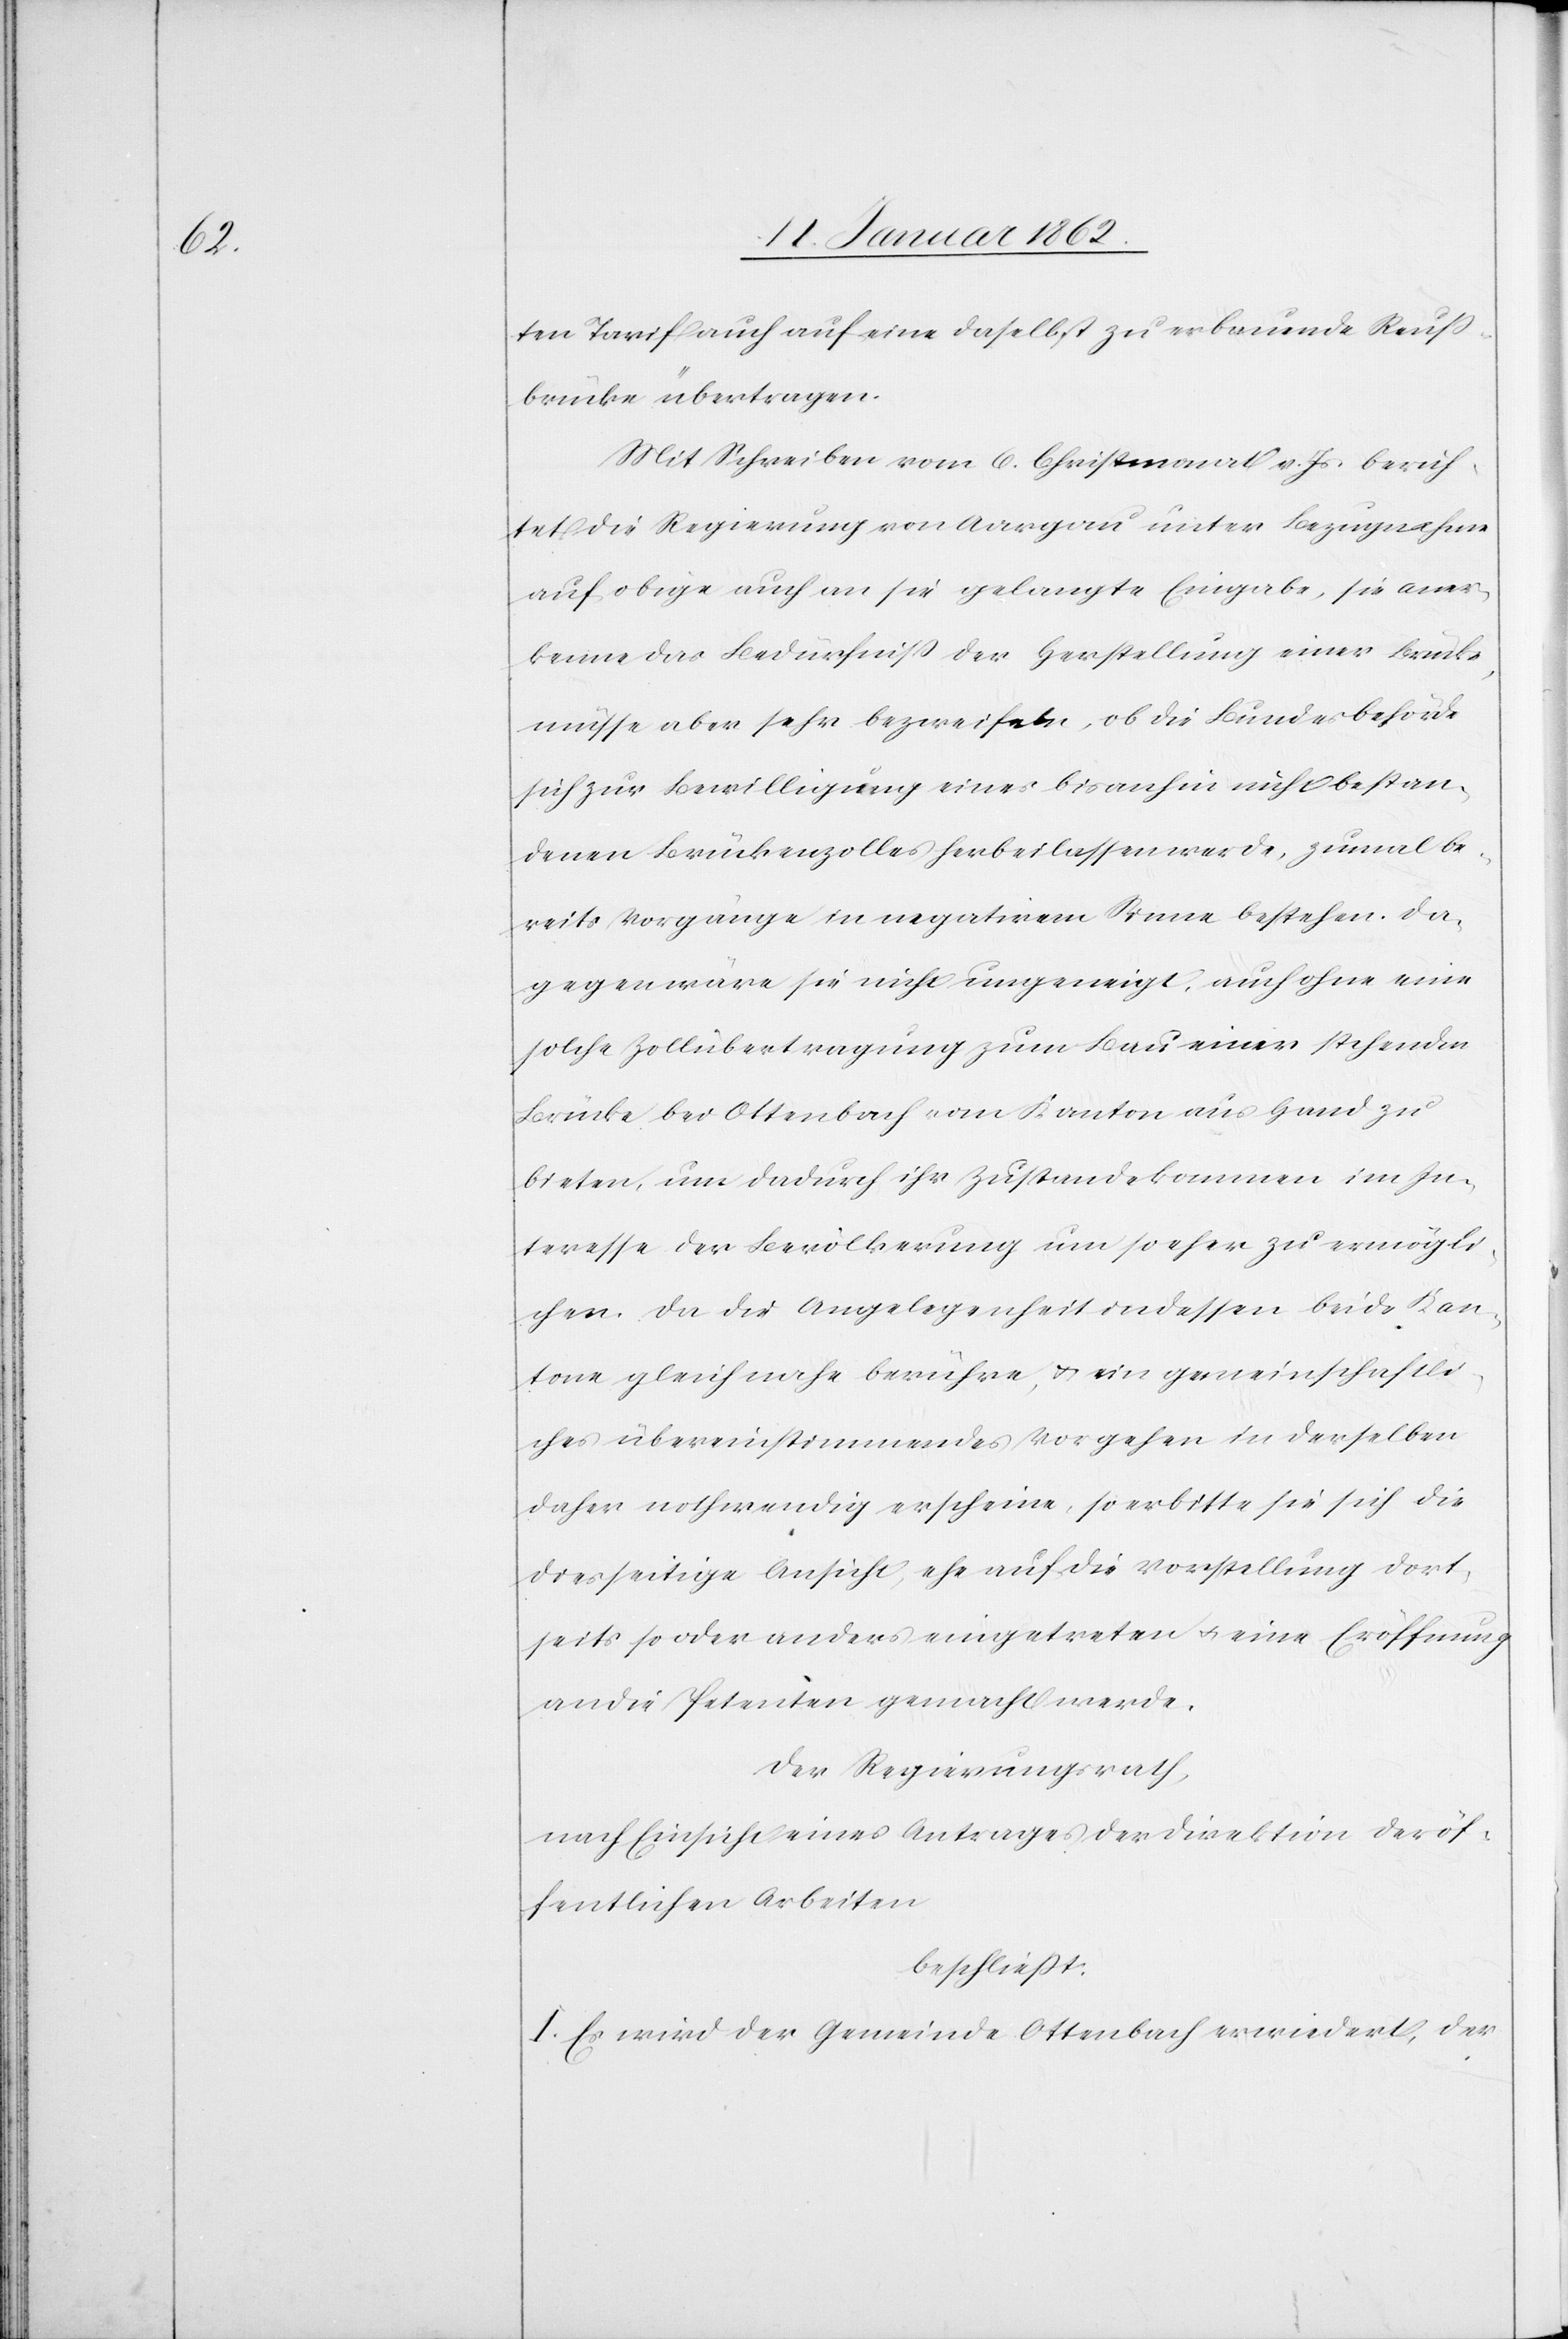
ten Tarif auch auf eine daselbst zu erbauende Reuß¬
brücke übertragen.
Mit Schreiben vom 6. Christmonat v. Js. berich¬
tet die Regierung von Aargau unter Bezugnahme
auf obige auch an sie gelangte Eingabe, sie aner¬
kenne das Bedürfniß der Herstellung einer Brücke,
müsse aber sehr bezweifeln, ob die Bundesbehörde
sich zur Bewilligung eines bis anhin nicht bestan¬
denen Brückenzolles herbeilassen werde, zumal be¬
reits Vorgänge in negativem Sinne bestehen. Da¬
gegen wäre sie nicht ungeneigt, auch ohne eine
solche Zollübertragung zum Bau einer stehenden
Brücke bei Ottenbach vom Kanton aus Hand zu
bieten, um dadurch ihr Zustandekommen im In¬
teresse der Bevölkerung um so eher zu ermögli¬
chen. Da die Angelegenheit indessen beide Kan¬
tone gleich nahe berühre, u. ein gemeinschaftli¬
ches übereinstimmendes Vorgehen in derselben
daher nothwendig erscheine, so erbitte sie sich die
diesseitige Ansicht, ehe auf die Vorstellung dort¬
seits so oder anders eingetreten u. eine Eröffnung
an die Petenten gemacht werde.
Der Regierungsrath,
nach Einsicht eines Antrages der Direktion der öf¬
fentlichen Arbeiten
beschließt:
I. Es wird der Gemeinde Ottenbach erwiedert, der